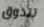
تتذوق